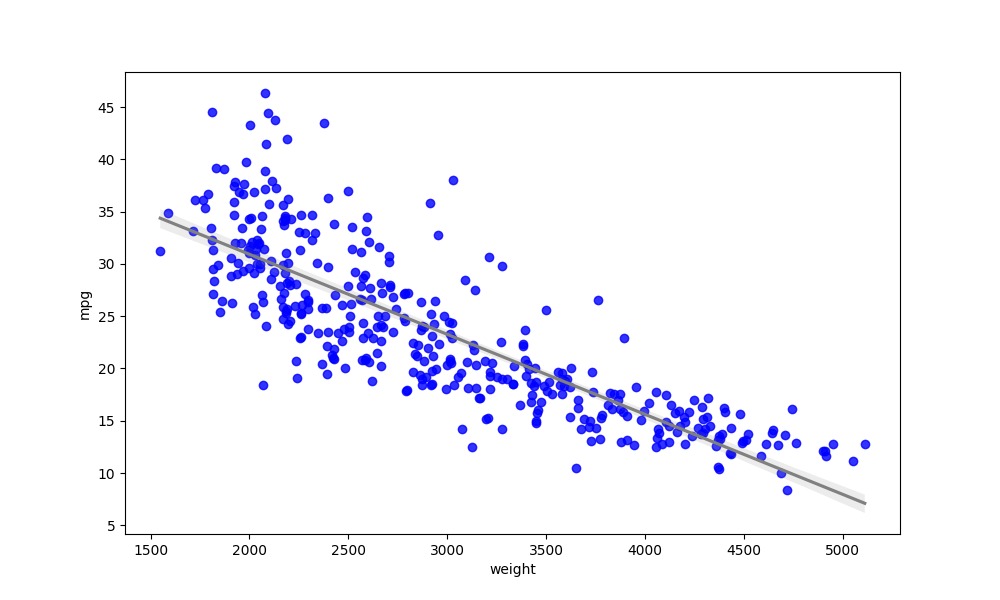
python, seaborn, regplot, order=1, ci=95, scatter_color=blue, line_color=gray